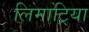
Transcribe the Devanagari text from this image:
लिमाट्रिया